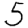
Digit: 5